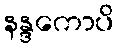
နန္ဒကောပိ